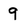
Character: 9